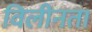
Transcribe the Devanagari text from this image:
विलीनता